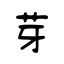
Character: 芽